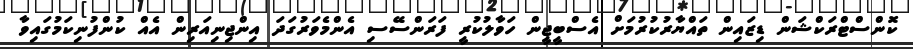
ކޮންސްޓްރަކްޝަން ޑިޒައިން ތައްޔާރުކުރުމަށް އެސްބީޖީން ހަވާލުކުރީ ފަރަންސޭސި އެންމެވަރުގަދަ އިންޖިނިއަރިން އެއް ކުންފުނިކަމުގައިވާ